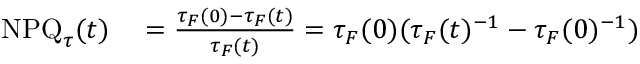
\begin{array} { r l } { \mathrm { N P Q } _ { \tau } ( t ) } & { { } = \frac { \tau _ { F } ( 0 ) - \tau _ { F } ( t ) } { \tau _ { F } ( t ) } = \tau _ { F } ( 0 ) ( \tau _ { F } ( t ) ^ { - 1 } - \tau _ { F } ( 0 ) ^ { - 1 } ) } \end{array}